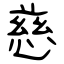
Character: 慈